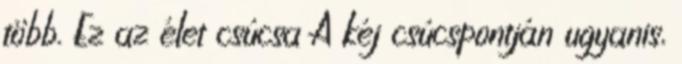
több. Ez az élet csúcsa A kéj csúcspontján ugyanis,